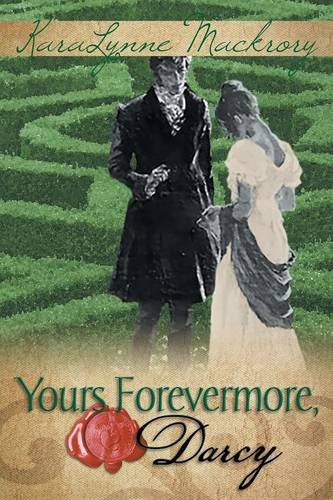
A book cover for Yours Forevermore, Darcy; KaraLynne Mackrory; Romance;